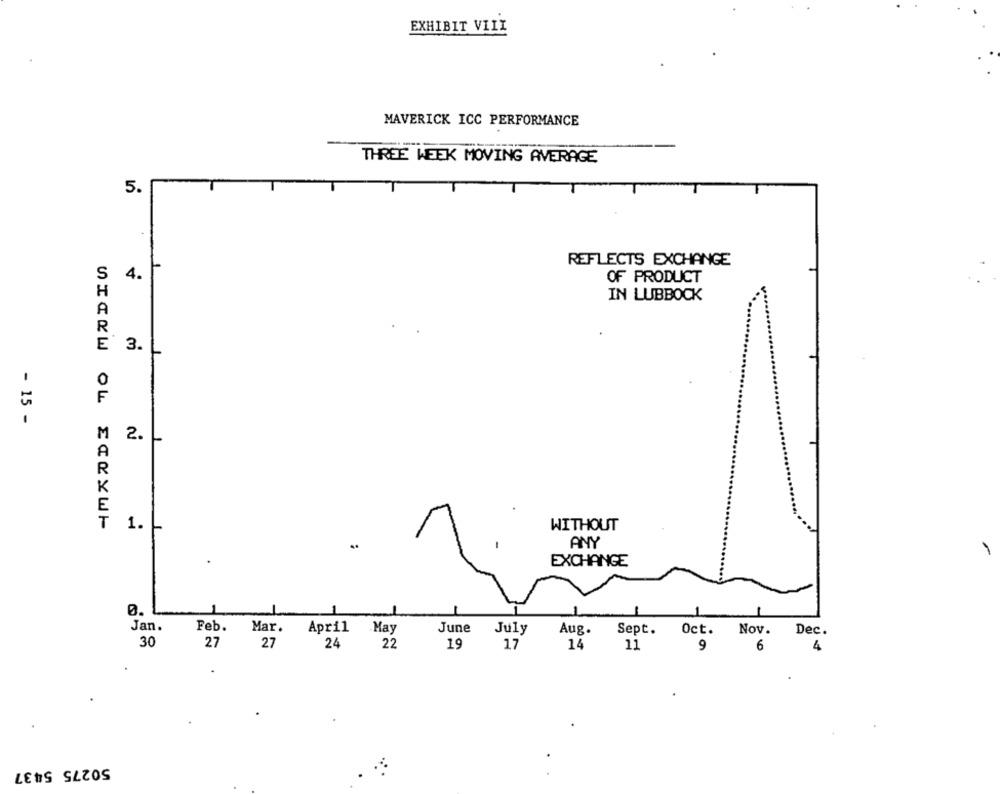
EXHIBIT VIII
MAVERICK ICC PERFORMANCE
THREE WEEK MOVING AVERAGE
5.
T
REFLECTS EXCHANGE
S
4.
OF PRODUCT
H
IN LUBBOCK
E
3.
- 15 -
M
2.
1 .-
WITHOUT
..
ANY
EXCHANGE
0.
Jan.
April
Feb.
Mar.
May
June
July
Aug.
Sept.
Oct.
Nov.
Dec.
30
27
27
24
22
19
17
14
11
9
6
4
50275 5437